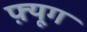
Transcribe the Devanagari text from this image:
फ़्यूग